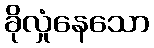
ခိုလှုံနေသော